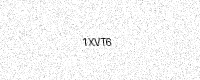
Text: 1XVT6